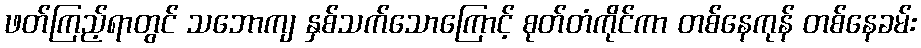
ဖတ်ကြည့်ရာတွင် သဘောကျ နှစ်သက်သောကြောင့် စုတ်တံကိုင်ကာ တစ်နေကုန် တစ်နေခမ်း